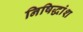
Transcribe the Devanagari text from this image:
निषिद्धांश